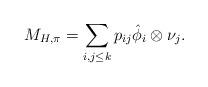
LaTeX: \begin{align*}M_{H,\pi} = \sum_{i,j \leq k} p_{ij} \hat{\phi}_i \otimes \nu_j.\end{align*}